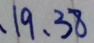
、 1 9 、 3 8